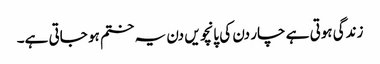
زندگی ہوتی ہے چار دن کی پانچویں دن یہ ختم ہو جاتی ہے۔